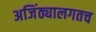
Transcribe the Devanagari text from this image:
अजिंठ्यालगतच